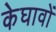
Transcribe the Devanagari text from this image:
केघावों